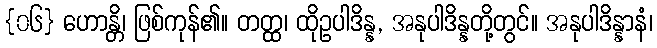
{၀၆} ဟောန္တိ၊ ဖြစ်ကုန်၏။ တတ္ထ၊ ထိုဥပါဒိန္န, အနုပါဒိန္နတို့တွင်။ အနုပါဒိန္နာနံ၊